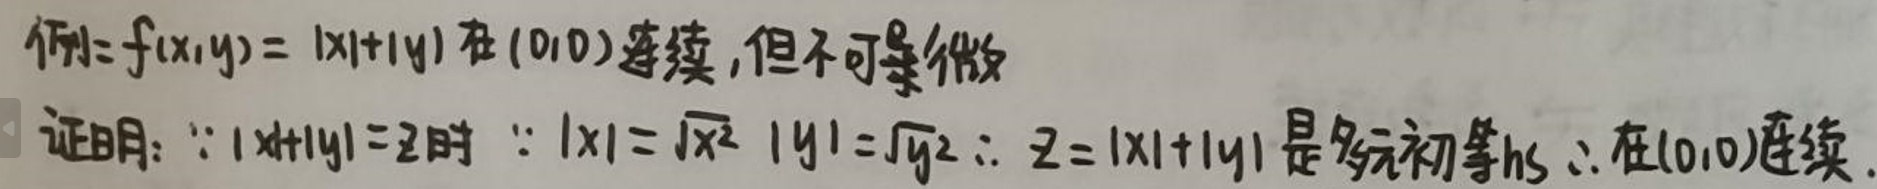
例：\( f(x,y)=\vert x\vert+\vert y\vert  \)在 (0,0) 连续，但不可微\\
证明：\(\because \vert x+y\vert = z  \)时，\(\vert x\vert=\sqrt{x^2},\vert y\vert=\sqrt{y^2},\(\therefore \)z=\vert x\vert+\vert y\vert  \)是多元初等函数\(\therefore \)在 (0,0) 连续。